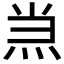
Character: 𱫂